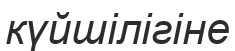
күйшілігіне